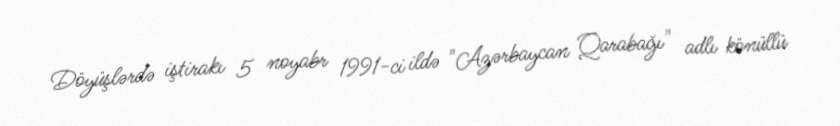
Döyüşlərdə iştirakı 5 noyabr 1991-ci ildə "Azərbaycan Qarabağı" adlı könüllü